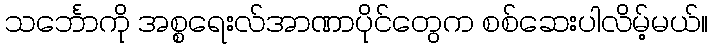
သင်္ဘောကို အစ္စရေးလ်အာဏာပိုင်တွေက စစ်ဆေးပါလိမ့်မယ်။